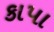
કાપા